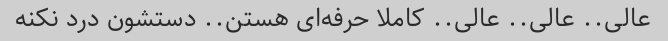
عالی.. عالی.. عالی.. کاملا حرفه‌ای هستن.. دستشون درد نکنه